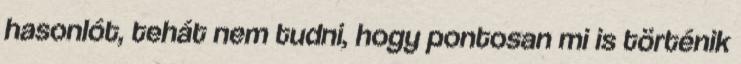
hasonlót, tehát nem tudni, hogy pontosan mi is történik